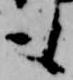
も